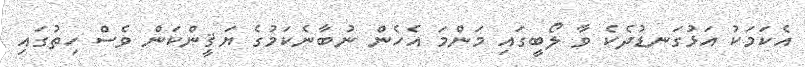
އެކަމަކު އަޅުގަނޑުދެކެ ވާ ލޯބީގައި މަންމަ އެހެން ނުބާނެކަމުގެ ޔަޤީންކަން ވެސް ހިތުގައި